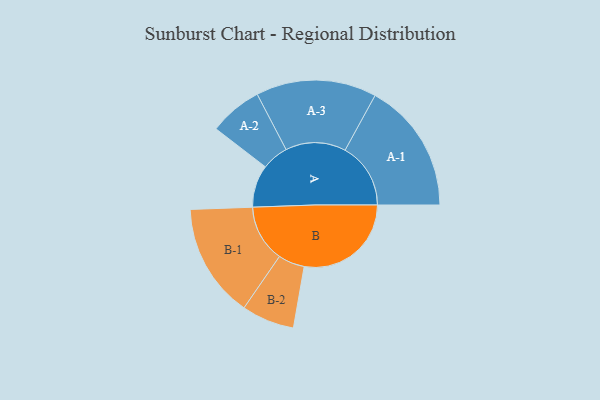
{"axis": {"x": "Segment", "y": "Value"}, "legend": ["", "A", "B"], "data": [{"x": "A", "y": 175, "type": ""}, {"x": "B", "y": 442, "type": ""}, {"x": "A-1", "y": 271, "type": "A"}, {"x": "A-2", "y": 110, "type": "A"}, {"x": "A-3", "y": 249, "type": "A"}, {"x": "B-1", "y": 236, "type": "B"}, {"x": "B-2", "y": 109, "type": "B"}]}